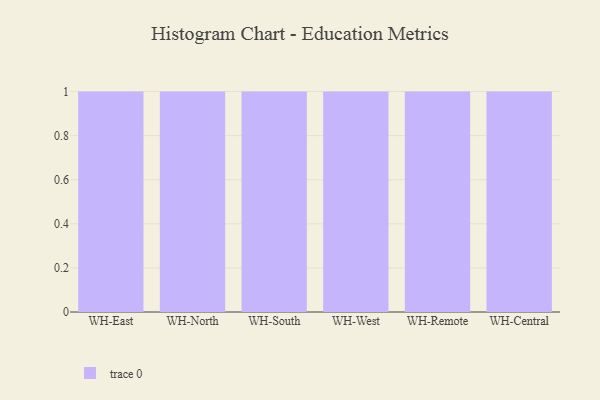
{"axis": {"x": "Warehouse", "y": "LTV (USD)"}, "legend": [""], "data": [{"x": "WH-East", "y": 95, "type": ""}, {"x": "WH-North", "y": 24, "type": ""}, {"x": "WH-South", "y": 60, "type": ""}, {"x": "WH-West", "y": 84, "type": ""}, {"x": "WH-Remote", "y": 91, "type": ""}, {"x": "WH-Central", "y": 24, "type": ""}]}